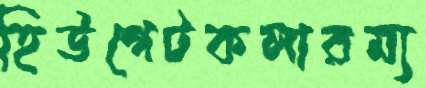
হিউগেটকলারম্য